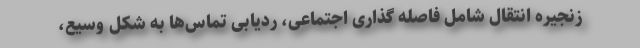
زنجیره انتقال شامل فاصله گذاری اجتماعی، ردیابی تماس‌ها به شکل وسیع،